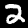
Label: 2